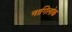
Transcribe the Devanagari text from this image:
नागिलोक